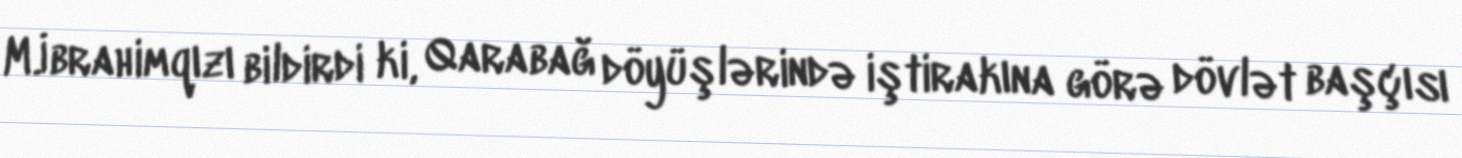
M.İbrahimqızı bildirdi ki, Qarabağ döyüşlərində iştirakına görə dövlət başçısı